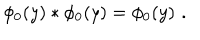
\phi _ { 0 } ( y ) * \phi _ { 0 } ( y ) = \phi _ { 0 } ( y ) \, \, .